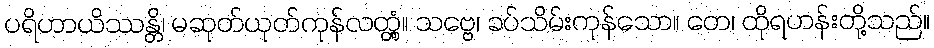
ပရိဟာယိဿန္တိ၊ မဆုတ်ယုတ်ကုန်လတ္တံ့။ သဗ္ဗေ၊ ခပ်သိမ်းကုန်သော။ တေ၊ ထိုရဟန်းတို့သည်။